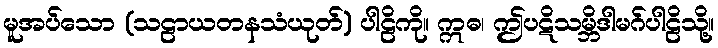
မူအပ်သော (သဠာယတနသံယုတ်) ပါဠိကို။ ဣဓ၊ ဤပဋိသမ္ဘိဒါမဂ်ပါဠိသို့။